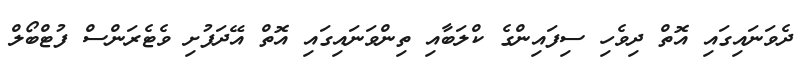
ދެވަނައިގައި އޮތް ދިވެހި ސިފައިންގެ ކްލަބާއި ތިންވަނައިގައި އޮތް އޭދަފުށި ވެޓެރަންސް ފުޓްބޯލް